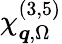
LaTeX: \chi_{\boldsymbol{q},\Omega}^{(3,5)}